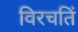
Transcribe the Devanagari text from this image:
विरचतिं